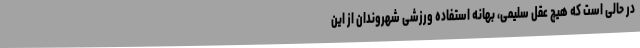
در حالی است که هیچ عقل سلیمی، بهانه استفاده ورزشی شهروندان از این